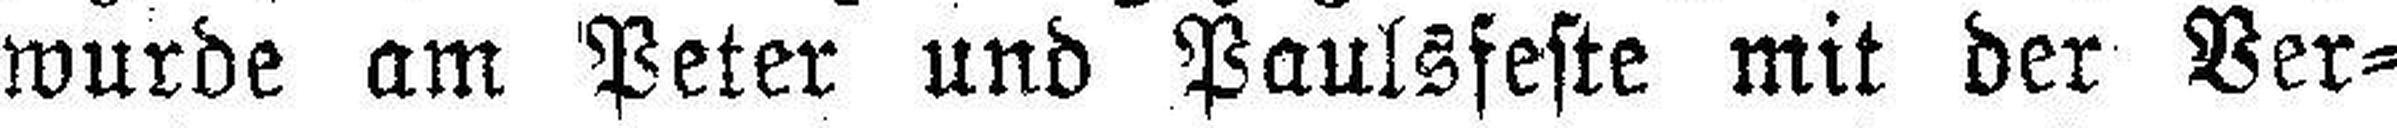
wurde am Peter und Paulsfeste mit der Ver¬